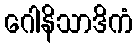
ဂေါနိသာဒိကံ